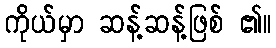
ကိုယ်မှာ ဆန့်ဆန့်ဖြစ် ၏။